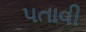
પતાવી